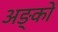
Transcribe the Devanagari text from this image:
अङ्कों